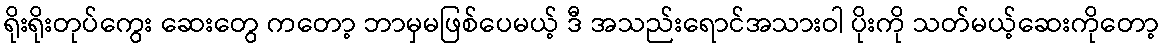
ရိုးရိုးတုပ်ကွေး ဆေးတွေ ကတော့ ဘာမှမဖြစ်ပေမယ့် ဒီ အသည်းရောင်အသားဝါ ပိုးကို သတ်မယ့်ဆေးကိုတော့